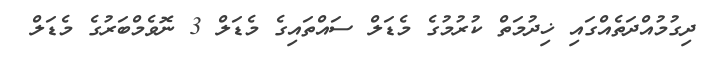
ދިގުމުއްދަތެއްގައި ޚިދުމަތް ކުރުމުގެ މެޑަލް ސައްތައިގެ މެޑަލް 3 ނޮވެމްބަރުގެ މެޑަލް